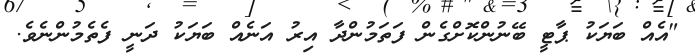
"އެއް ބަޔަކު ޕާޓީ ބޭނުންކޮށްގެން ފަތަމުންދާ އިރު އަނެއް ބަޔަކު ދަނީ ފެތެމުންނެވެ.